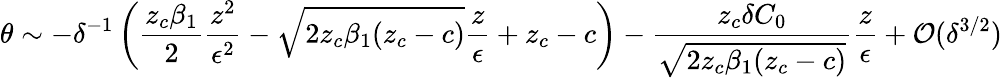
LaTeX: \theta\sim-\delta^{-1}\left(\frac{z_{c}\beta_{1}}{2}\frac{z^{2}}{\epsilon^{2}}-\sqrt{2z_{c}\beta_{1}(z_{c}-c)}\frac{z}{\epsilon}+z_{c}-c\right)-\frac{z_{c}\delta C_{0}}{\sqrt{2z_{c}\beta_{1}(z_{c}-c)}}\frac{z}{\epsilon}+\mathcal{O}(\delta^{3/2})